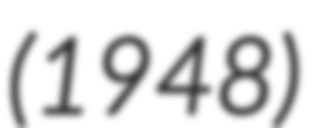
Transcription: (1948)